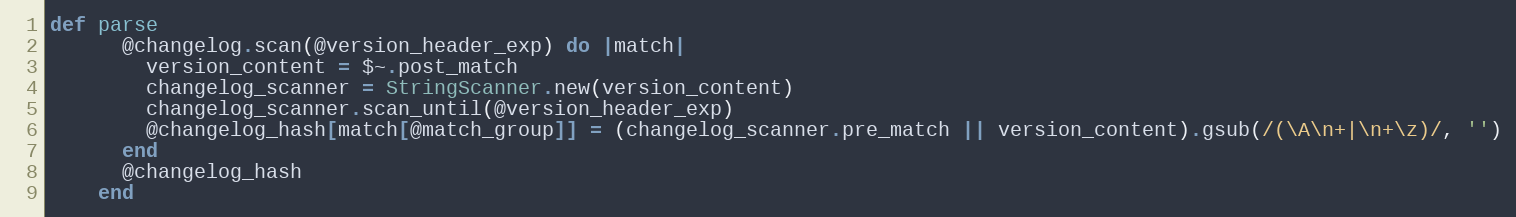
Language: Ruby
def parse
      @changelog.scan(@version_header_exp) do |match|
        version_content = $~.post_match
        changelog_scanner = StringScanner.new(version_content)
        changelog_scanner.scan_until(@version_header_exp)
        @changelog_hash[match[@match_group]] = (changelog_scanner.pre_match || version_content).gsub(/(\A\n+|\n+\z)/, '')
      end
      @changelog_hash
    end